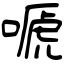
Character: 嗁